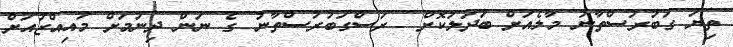
ތިޔަ ގަބުރުސްތާނު މާލެއަށް ބަދަލުކޮށް  ރަސްގަބުރުސްތާނު ގެ ނަން ދިނުމަށް މުއިއްޒުއަށް